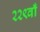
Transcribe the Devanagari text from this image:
२२९वाँ